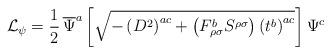
LaTeX: \begin{align*}{\cal{L}}_{\psi}=\frac{1}{2}\,\overline{\Psi}^a \left[\sqrt{ -\left(D^2 \right)^{ac}+\left(F_{\rho \sigma}^b S^{\rho \sigma} \right) \left(t^b\right)^{ac} } \right] \Psi^c\end{align*}